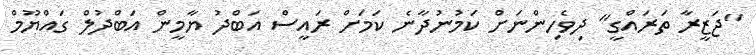
"ޖަޒީރާ ތަރައްގީ" ދިވެހިންނަށް ކަމުނުދާނެ ކަމަށް ރައީސް އަބްދު ޔާމީން އަބްދުލް ގައްޔޫމް